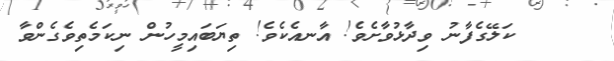
١٨     ކަލޭގެފާނު ވިދާޅުވާށެވެ! އާނއެކެވެ! ތިޔަބައިމީހުން ނިކަމެތިވެގެންވާ